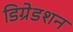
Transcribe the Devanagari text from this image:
डिग्रेडशन